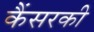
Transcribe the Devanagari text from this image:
कैंसरकी